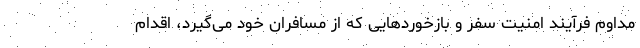
مداوم فرآیند امنیت سفر و بازخوردهایی که از مسافران خود می‌گیرد، اقدام